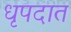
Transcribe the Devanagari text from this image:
धृपदात